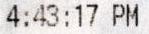
4:43:17 PM